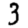
Digit: 3